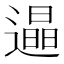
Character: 𨗏